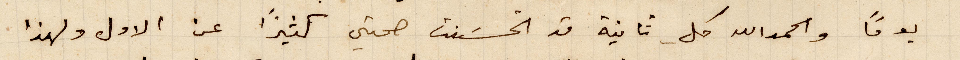
يومًا والحمدالله كل ثانية قد تحسنت صحتي كثيرًأ عن الأول ولهذا